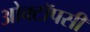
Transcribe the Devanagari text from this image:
ओक्टॉपसी